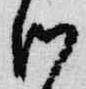
つ